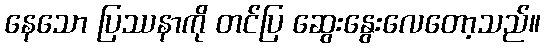
နေသော ပြဿနာကို တင်ပြ ဆွေးနွေးလေတော့သည်။